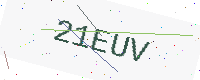
Text: 21EUV